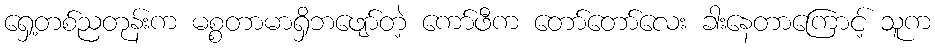
ရှေ့တစ်ညတုန်းက မစ္စတာမာရှိဘဖျော်တဲ့ ကော်ဖီက တော်တော်လေး ခါးနေတာကြောင့် သူက